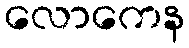
လောကေန